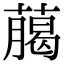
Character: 﨟